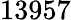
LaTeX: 13957